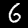
Digit: 6